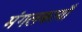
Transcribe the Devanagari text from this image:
मंगलकायाँ